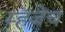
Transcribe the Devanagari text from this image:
म्हजेच